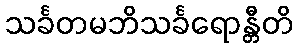
သင်္ခတမဘိသင်္ခရောန္တီတိ